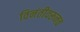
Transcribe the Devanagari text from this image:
विनंतीवरूनच